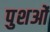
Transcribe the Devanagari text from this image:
पुशओं